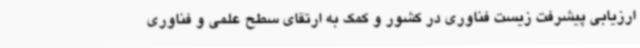
ارزیابی پیشرفت زیست فناوری در کشور و کمک به ارتقای سطح علمی و فناوری